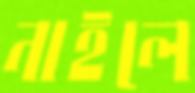
নাইলে